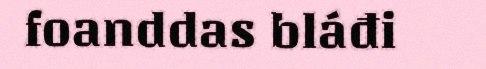
foanddas bláđi